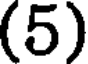
(5)